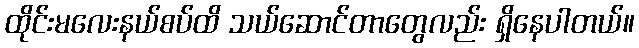
ထိုင်းမလေးနယ်စပ်ထိ သယ်ဆောင်တာတွေလည်း ရှိနေပါတယ်။